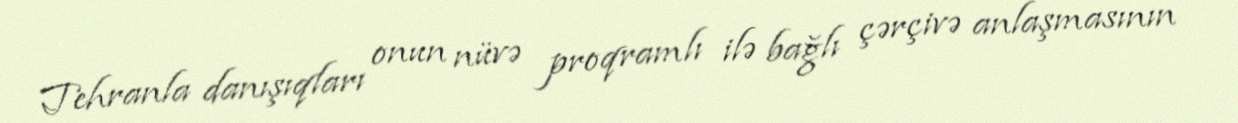
Tehranla danışıqları onun nüvə proqramlı ilə bağlı çərçivə anlaşmasının